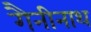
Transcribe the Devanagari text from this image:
गैनीनाथ